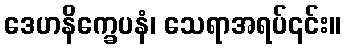
ဒေဟနိက္ခေပနံ၊ သေရာအရပ်၎င်း။